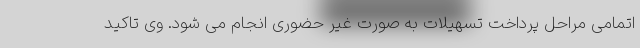
اتمامی مراحل پرداخت تسهیلات به صورت غیر حضوری انجام می شود. وی تاکید